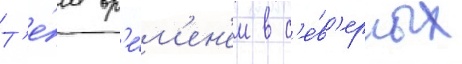
Т'е́м вр'е́м'ен'ем в с'е́в'ерных